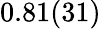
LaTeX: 0.81(31)